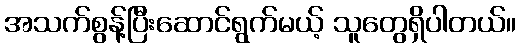
အသက်စွန့်ပြီးဆောင်ရွက်မယ့် သူတွေရှိပါတယ်။